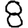
Digit: 8